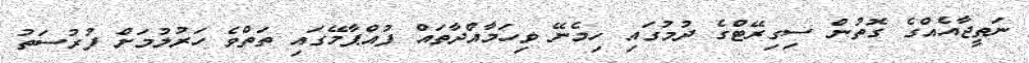
ނަތީޖާއެއްގެ ގޮތުން ސިގިރޭޓްގެ ދުމުގައި ހިމެނޭ ވިހަމާއްދާތައް ފުއްޕާމޭގައި ތަތްވެ ހަރުލުމަށް ފުރުސަތު